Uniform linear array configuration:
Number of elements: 32
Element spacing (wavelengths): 1
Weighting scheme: hann
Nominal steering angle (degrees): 15
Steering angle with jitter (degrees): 16.717
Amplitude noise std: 0.05
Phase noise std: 0.05

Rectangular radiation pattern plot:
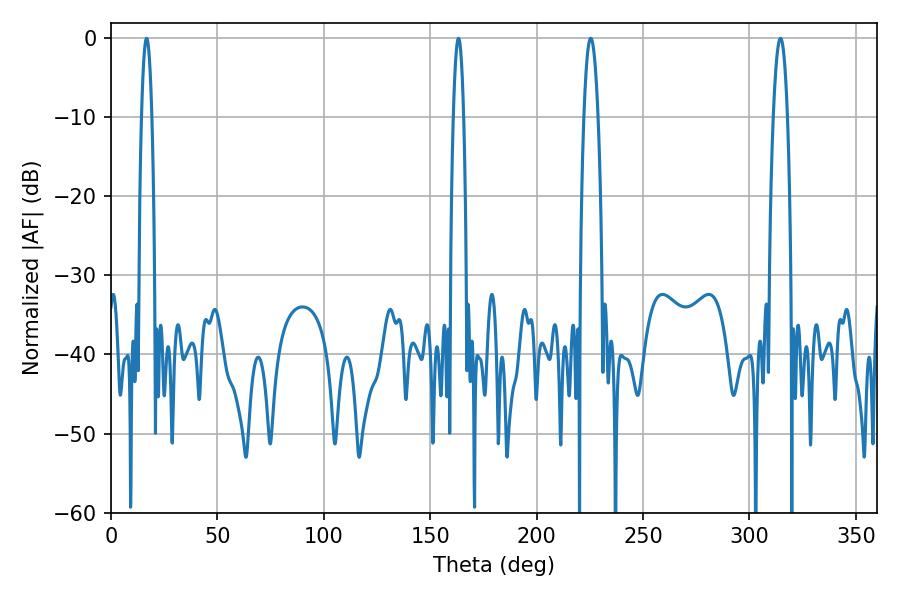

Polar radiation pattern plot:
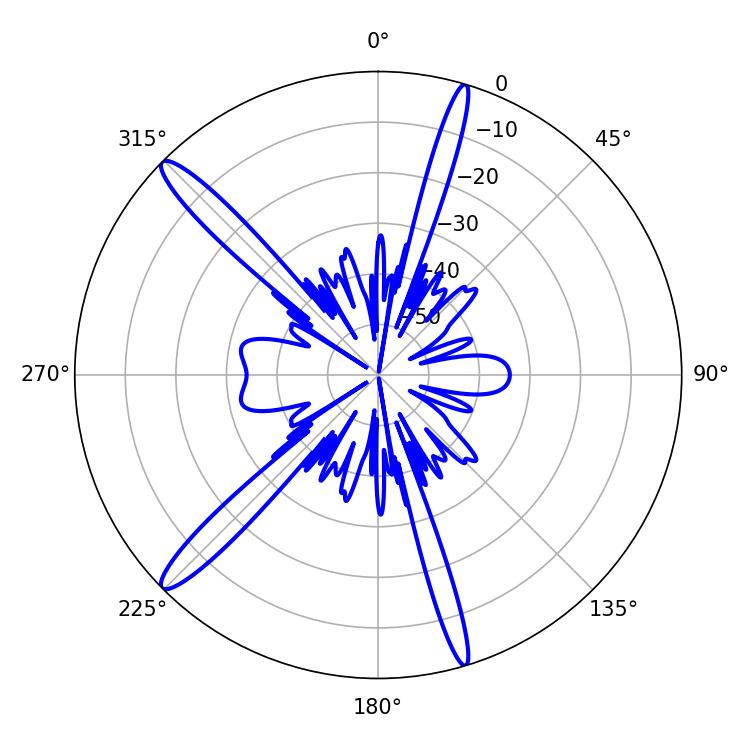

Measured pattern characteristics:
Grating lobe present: TRUE
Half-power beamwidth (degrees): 2.52
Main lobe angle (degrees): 16.74